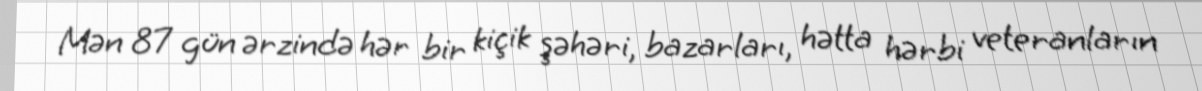
Mən 87 gün ərzində hər bir kiçik şəhəri, bazarları, hətta hərbi veteranların